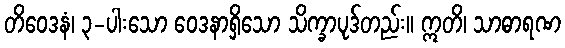
တိဝေဒနံ၊ ၃-ပါးသော ဝေဒနာရှိသော သိက္ခာပုဒ်တည်း။ ဣတိ၊ သာဓာရဏ